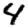
Digit: 4